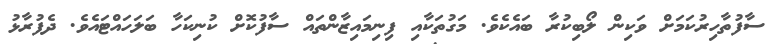
ސާފުތާހިރުކަމަށް ވަކިން ލޯބިކުރާ ބައެކެވެ. މަގުތަކާއި ފިނިމައިޒާންތައް ސާފުކޮށް ކުނިކަހާ ބަލަހައްޓައެވެ. ދެފުރާޅު